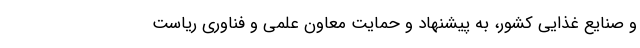
و صنایع غذایی کشور، به پیشنهاد و حمایت معاون علمی و فناوری ریاست